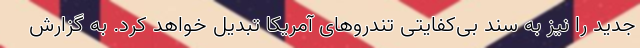
جدید را نیز به سند بی‌کفایتی تندروهای آمریکا تبدیل خواهد کرد. به گزارش